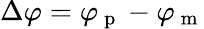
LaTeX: \Delta\varphi=\varphi_{\mathrm{~p~}}-\varphi_{\mathrm{~m~}}